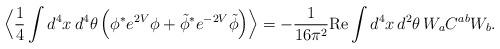
LaTeX: \begin{align*}\Big\langle \frac{1}{4}\int d^4x\,d^4\theta\,\Big(\phi^* e^{2V}\phi+ \tilde\phi^* e^{-2V}\tilde\phi\Big)\Big\rangle= -\frac{1}{16\pi^2} \mbox{Re}\int d^4x\,d^2\theta\,W_a C^{ab} W_b.\end{align*}